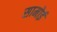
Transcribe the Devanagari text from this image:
सामोई